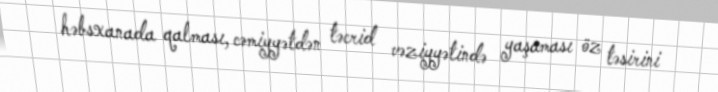
həbsxanada qalması, cəmiyyətdən təcrid vəziyyətində yaşaması öz təsirini